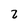
Character: 2